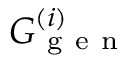
G _ { \mathrm { ~ g ~ e ~ n ~ } } ^ { ( i ) }